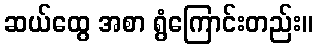
ဆယ်ထွေ အစာ ရွံကြောင်းတည်း။